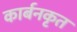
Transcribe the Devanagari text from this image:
कार्बनकृत